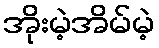
အိုးမဲ့အိမ်မဲ့